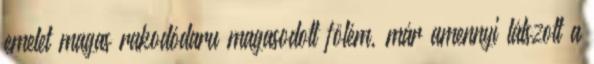
emelet magas rakodódaru magasodott fölém, már amennyi látszott a